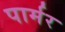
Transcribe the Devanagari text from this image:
पार्मर